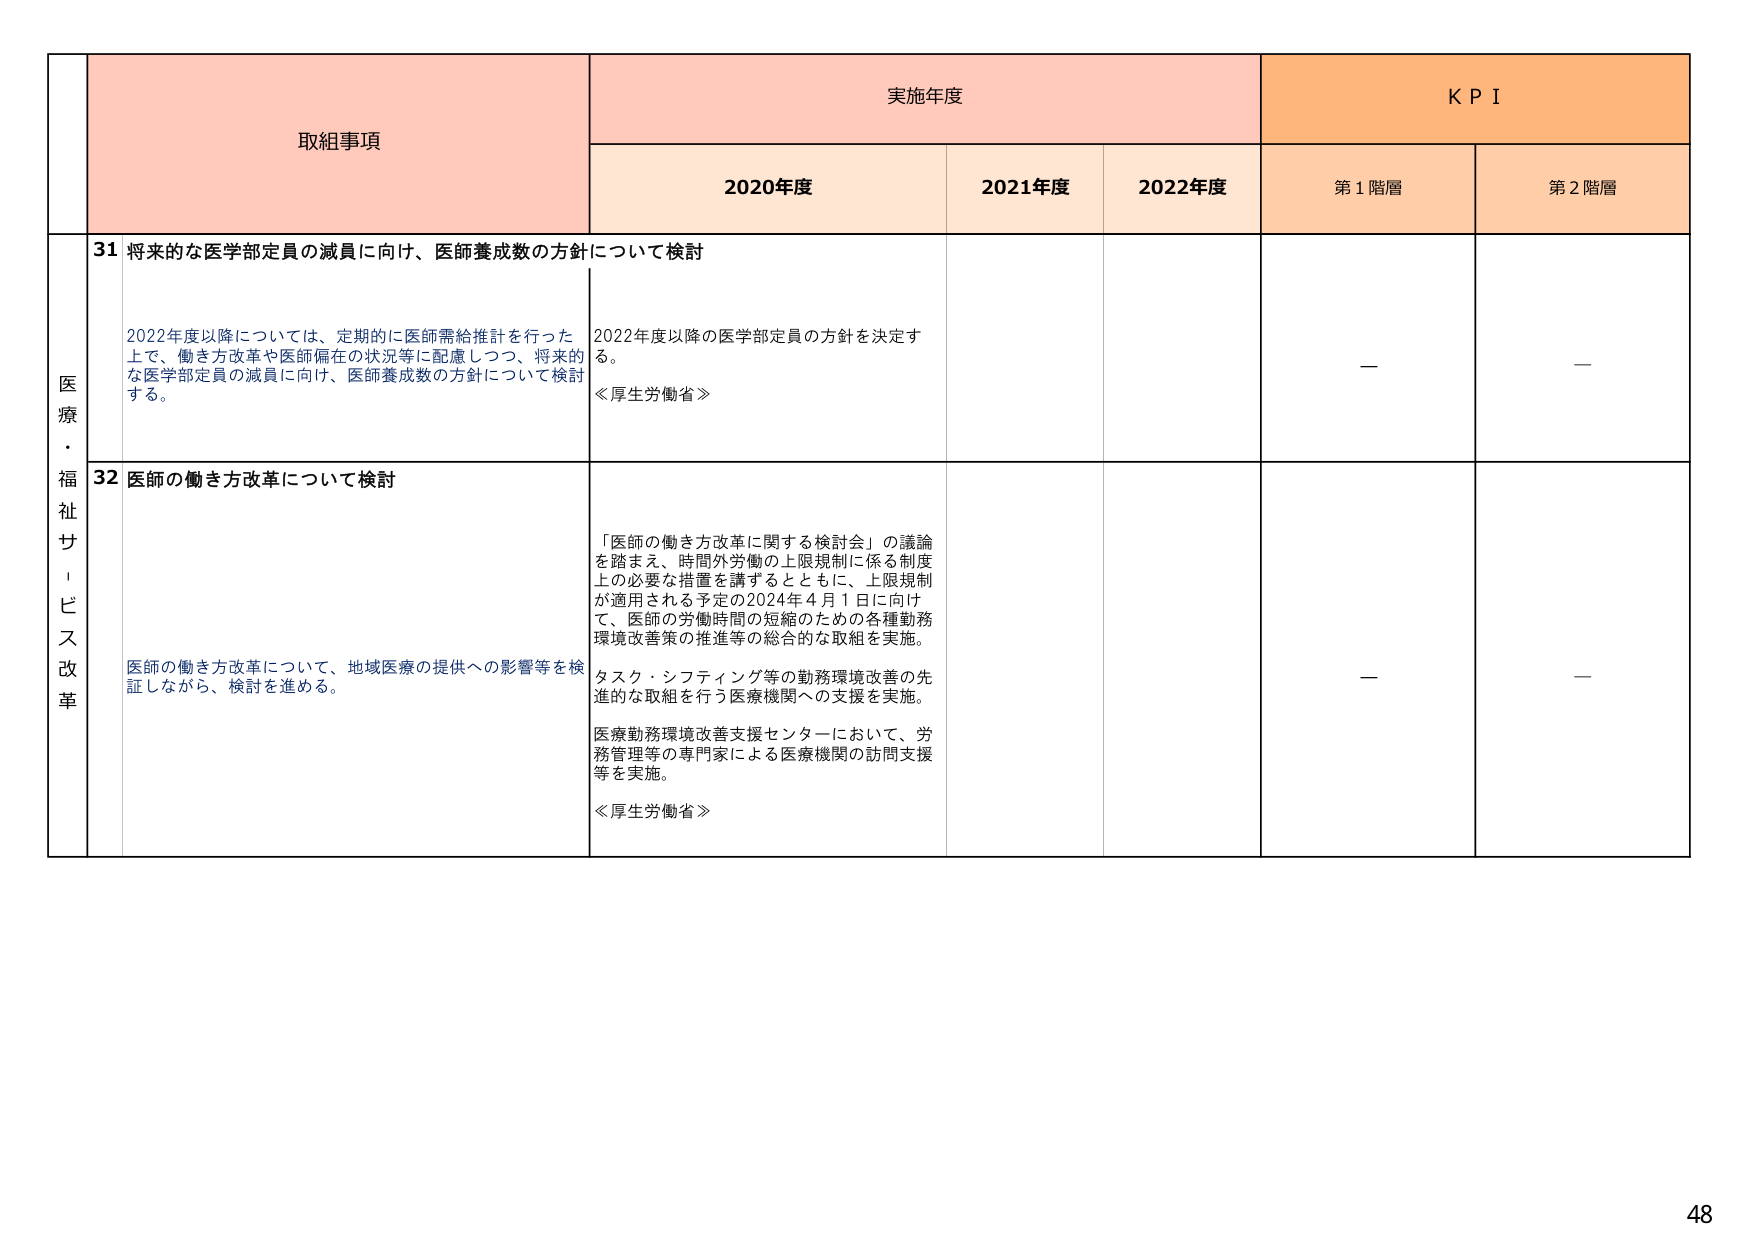
医療・福祉サービス改革

取組事項

実施年度

KPI

2020年度

2021年度

2022年度

第1階層

第2階層

31 将来的な医学部定員の減員に向け、医師養成数の方針について検討

2022年度以降については、定期的に医師需給推計を行った上で、働き方改革や医師偏在の状況等に配慮しつつ、将来的な医学部定員の減員に向け、医師養成数の方針について検討する。

2022年度以降の医学部定員の方針を決定する。
≪厚生労働省≫

—

—

32 医師の働き方改革について検討

医師の働き方改革について、地域医療の提供への影響等を検証しながら、検討を進める。

「医師の働き方改革に関する検討会」の議論を踏まえ、時間外労働の上限規制に係る制度上の必要な措置を講ずるとともに、上限規制が適用される予定の2024年4月1日に向け、医師の労働時間の短縮のための各種勤務環境改善策の推進等の総合的な取組を実施。

タスク・シフティング等の勤務環境改善の先進的な取組を行う医療機関への支援を実施。

医療勤務環境改善支援センターにおいて、労務管理等の専門家による医療機関の訪問支援等を実施。
≪厚生労働省≫

—

—

48